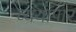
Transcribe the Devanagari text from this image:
व्ययापार